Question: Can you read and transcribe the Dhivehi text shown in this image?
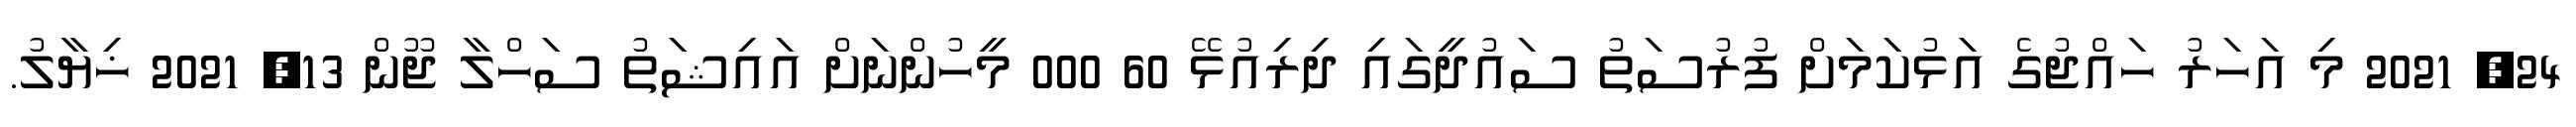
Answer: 24, 2021 މި އަހަރު ހައްޖުގެ އަޅުކަމަށް ފުރުސަތު ސައުދީގައި ދިރިއުޅޭ 60 000 މީހުންނަށް އައިޝަތު ސަހްލާ ޖޫން 13, 2021 ޚިޔާލު.